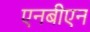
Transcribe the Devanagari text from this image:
एनबीएन